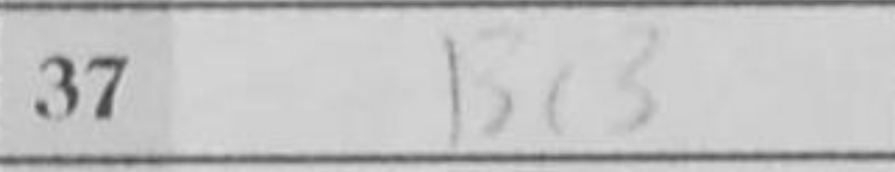
Transcription: Bc3